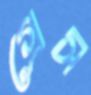
গ্রেস